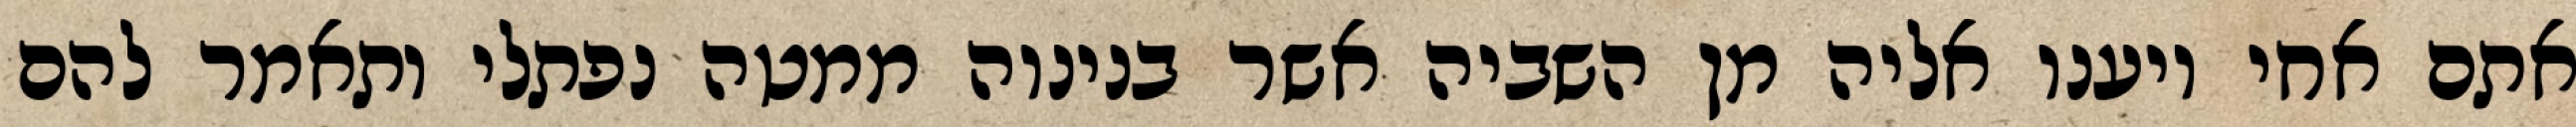
אתם אחי ויענו אליה מן השביה אשר בנינוה ממטה נפתלי ותאמר להם